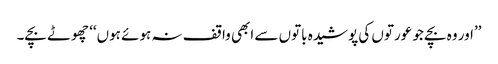
’’اور وہ بچے جو عورتوں کی پوشیدہ باتوں سے ابھی واقف نہ ہوئے ہوں‘‘ چھوٹے بچے۔